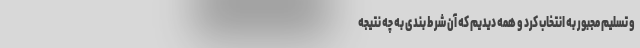
و تسلیم مجبور به انتخاب کرد و همه دیدیم که آن شرط بندی به چه نتیجه